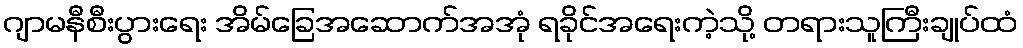
ဂျာမနီစီးပွားရေး အိမ်ခြေအဆောက်အအုံ ရခိုင်အရေးကဲ့သို့ တရားသူကြီးချုပ်ထံ